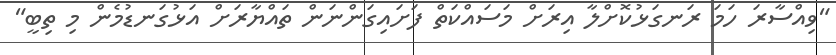
"ވިއްސާރަ ހަމަ ރަނގަޅުކޮށްލާ އިރަށް މަސައްކަތް ފަށައިގަންނަން ތައްޔާރަށް އަޅުގަނޑުމެން މި ތިބީ"